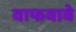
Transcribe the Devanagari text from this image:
वाफवावे